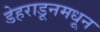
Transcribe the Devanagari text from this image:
डेहराडूनमधून